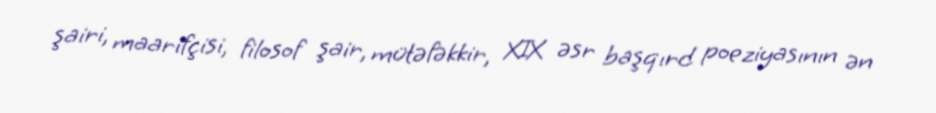
şairi, maarifçisi, filosof şair, mütəfəkkir, XIX əsr başqırd poeziyasının ən